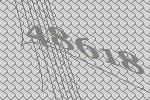
48618